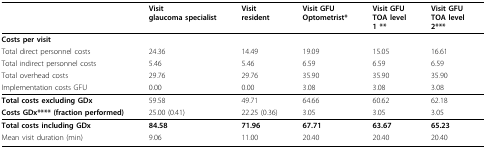
<table><thead><tr><td>[EMPTY_CELL]</td><td><b>Visitglaucoma specialist</b></td><td><b>Visitresident</b></td><td><b>Visit GFUOptometrist*</b></td><td><b>Visit GFUTOA level1 **</b></td><td><b>Visit GFUTOA level2***</b></td></tr></thead><tbody><tr><td><b>Costs per visit</b></td><td>[EMPTY_CELL]</td><td>[EMPTY_CELL]</td><td>[EMPTY_CELL]</td><td>[EMPTY_CELL]</td><td>[EMPTY_CELL]</td></tr><tr><td>Total direct personnel costs</td><td>24.36</td><td>14.49</td><td>19.09</td><td>15.05</td><td>16.61</td></tr><tr><td>Total indirect personnel costs</td><td>5.46</td><td>5.46</td><td>6.59</td><td>6.59</td><td>6.59</td></tr><tr><td>Total overhead costs</td><td>29.76</td><td>29.76</td><td>35.90</td><td>35.90</td><td>35.90</td></tr><tr><td>Implementation costs GFU</td><td>0.00</td><td>0.00</td><td>3.08</td><td>3.08</td><td>3.08</td></tr><tr><td><b>Total costs excluding GDx</b></td><td>59.58</td><td>49.71</td><td>64.66</td><td>60.62</td><td>62.18</td></tr><tr><td><b>Costs GDx**** (fraction performed)</b></td><td>25.00 (0.41)</td><td>22.25 (0.36)</td><td>3.05</td><td>3.05</td><td>3.05</td></tr><tr><td><b>Total costs including GDx</b></td><td><b>84.58</b></td><td><b>71.96</b></td><td><b>67.71</b></td><td><b>63.67</b></td><td><b>65.23</b></td></tr><tr><td>Mean visit duration (min)</td><td>9.06</td><td>11.00</td><td>20.40</td><td>20.40</td><td>20.40</td></tr></tbody></table>